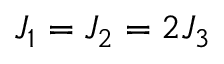
J _ { 1 } = J _ { 2 } = 2 J _ { 3 }